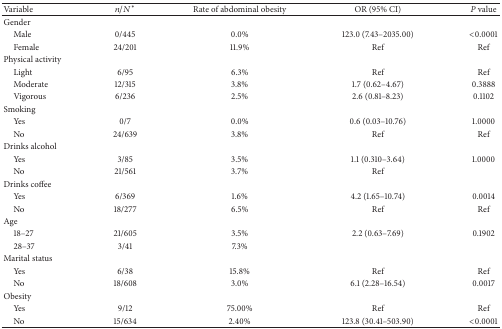
<table><thead><tr><td><b>Variable</b></td><td><b><i>n</i>/<i>N</i>*</b></td><td><b>Rate of abdominal obesity</b></td><td><b>OR (95% CI)</b></td><td><b><i>P</i> value</b></td></tr></thead><tbody><tr><td>Gender</td><td> </td><td> </td><td> </td><td> </td></tr><tr><td> Male</td><td>0/445</td><td>0.0%</td><td>123.0 (7.43–2035.00)</td><td>&lt;0.0001</td></tr><tr><td> Female</td><td>24/201</td><td>11.9%</td><td>Ref</td><td>Ref</td></tr><tr><td>Physical activity</td><td> </td><td> </td><td> </td><td> </td></tr><tr><td> Light</td><td>6/95</td><td>6.3%</td><td>Ref</td><td>Ref</td></tr><tr><td> Moderate</td><td>12/315</td><td>3.8%</td><td>1.7 (0.62–4.67)</td><td>0.3888</td></tr><tr><td> Vigorous</td><td>6/236</td><td>2.5%</td><td>2.6 (0.81–8.23)</td><td>0.1102</td></tr><tr><td>Smoking</td><td> </td><td> </td><td> </td><td> </td></tr><tr><td> Yes</td><td>0/7</td><td>0.0%</td><td>0.6 (0.03–10.76)</td><td>1.0000</td></tr><tr><td> No</td><td>24/639</td><td>3.8%</td><td>Ref</td><td>Ref</td></tr><tr><td>Drinks alcohol</td><td> </td><td> </td><td> </td><td> </td></tr><tr><td> Yes</td><td>3/85</td><td>3.5%</td><td>1.1 (0.310–3.64)</td><td>1.0000</td></tr><tr><td> No</td><td>21/561</td><td>3.7%</td><td>Ref</td><td> </td></tr><tr><td>Drinks coffee</td><td> </td><td> </td><td> </td><td> </td></tr><tr><td> Yes</td><td>6/369</td><td>1.6%</td><td>4.2 (1.65–10.74)</td><td>0.0014</td></tr><tr><td> No</td><td>18/277</td><td>6.5%</td><td>Ref</td><td>Ref</td></tr><tr><td>Age</td><td> </td><td> </td><td> </td><td> </td></tr><tr><td> 18–27</td><td>21/605</td><td>3.5%</td><td>2.2 (0.63–7.69)</td><td>0.1902</td></tr><tr><td> 28–37</td><td>3/41</td><td>7.3%</td><td> </td><td> </td></tr><tr><td>Marital status</td><td> </td><td> </td><td> </td><td> </td></tr><tr><td> Yes</td><td>6/38</td><td>15.8%</td><td>Ref</td><td>Ref</td></tr><tr><td> No</td><td>18/608</td><td>3.0%</td><td>6.1 (2.28–16.54)</td><td>0.0017</td></tr><tr><td>Obesity</td><td> </td><td> </td><td> </td><td> </td></tr><tr><td> Yes</td><td>9/12</td><td>75.00%</td><td>Ref</td><td>Ref</td></tr><tr><td> No</td><td>15/634</td><td>2.40%</td><td> 123.8 (30.41–503.90)</td><td>&lt;0.0001</td></tr></tbody></table>